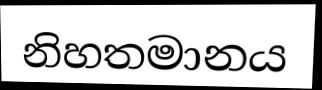
නිහතමානය